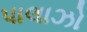
પાલાઝો